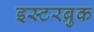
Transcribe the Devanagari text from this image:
इस्टरब्रुक